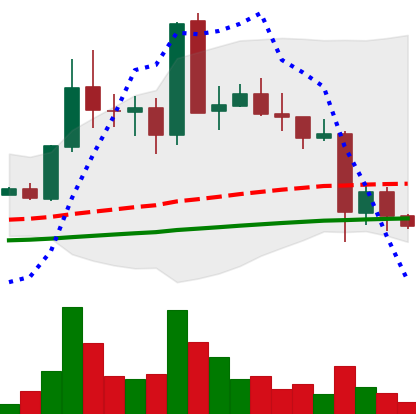
Ticker: EOS-USD
Chart end date: 2021-05-22
Forward return: 36.352%
Label: up_7plus